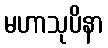
မဟာသုပိနာ